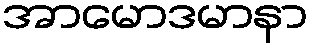
အာမောဒမာနာ